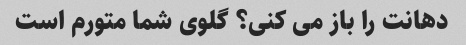
دهانت را باز می کنی؟ گلوی شما متورم است